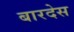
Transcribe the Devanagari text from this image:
बारदेस